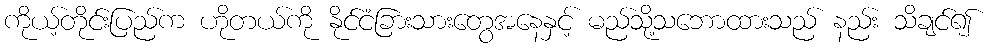
ကိုယ့်တိုင်းပြည်က ဟိုတယ်ကို နိုင်ငံခြားသားတွေအနေနှင့် မည်သို့သဘောထားသည် နည်း သိချင်၍